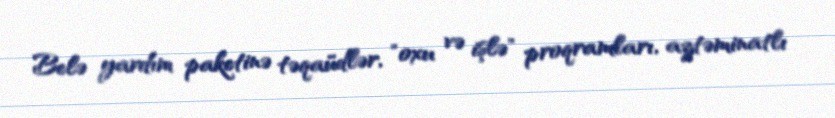
Belə yardım paketinə təqaüdlər, "oxu və işlə" proqramları, aztəminatlı